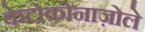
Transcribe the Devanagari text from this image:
केटोकोनाज़ोले